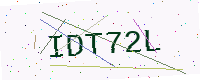
Text: IDT72L